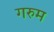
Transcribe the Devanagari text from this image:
गरुम